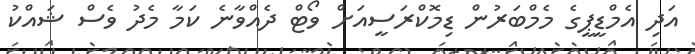
އަދި އެމްޑީޕީގެ މެމްބަރުން ޑިމޮކްރަސީއަށް ވޯޓް ދެއްވާނެ ކަމާ މެދު ވެސް ޝައްކު